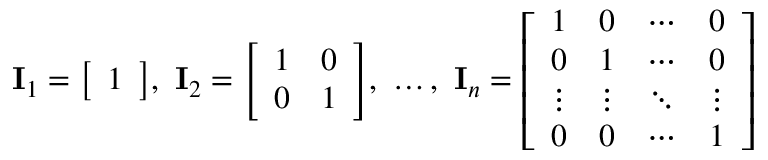
\mathbf { I } _ { 1 } = { \left[ \begin{array} { l } { 1 } \end{array} \right] } , \ \mathbf { I } _ { 2 } = { \left[ \begin{array} { l l } { 1 } & { 0 } \\ { 0 } & { 1 } \end{array} \right] } , \ \ldots , \ \mathbf { I } _ { n } = { \left[ \begin{array} { l l l l } { 1 } & { 0 } & { \cdots } & { 0 } \\ { 0 } & { 1 } & { \cdots } & { 0 } \\ { \vdots } & { \vdots } & { \ddots } & { \vdots } \\ { 0 } & { 0 } & { \cdots } & { 1 } \end{array} \right] }